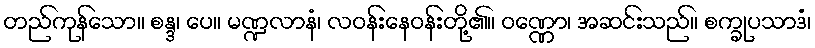
တည်ကုန်သော။ စန္ဒ၊ ပေ။ မဏ္ဍလာနံ၊ လဝန်းနေဝန်းတို့၏။ ဝဏ္ဏော၊ အဆင်းသည်။ စက္ခုပသာဒံ၊